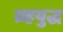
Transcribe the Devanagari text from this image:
ग्रहयुद्ध